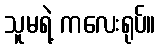
သူမရဲ့ ကလေးရုပ်။